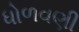
ધોળવણી